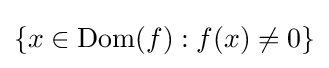
\{x\in \operatorname {Dom} (f):f(x)\neq 0\}